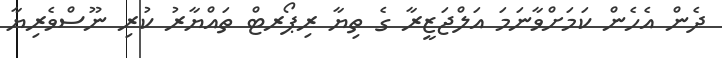
ދެން އެހެން ކަމަށްވާނަމަ އަލްޖަޒީރާ ގެ ތިޔާ ރިޕޯރޓް ތައްޔާރު ކުރި ނޫސްވެރިޔާ